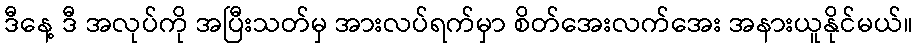
ဒီနေ့ ဒီ အလုပ်ကို အပြီးသတ်မှ အားလပ်ရက်မှာ စိတ်အေးလက်အေး အနားယူနိုင်မယ်။